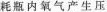
耗瓶内氧气产生压